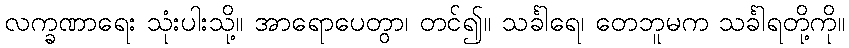
လက္ခဏာရေး သုံးပါးသို့။ အာရောပေတွာ၊ တင်၍။ သင်္ခါရေ၊ တေဘူမက သင်္ခါရတို့ကို။